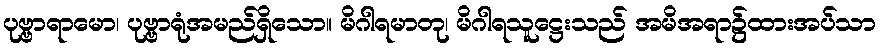
ပုဗ္ဗာရာမော၊ ပုဗ္ဗာရုံအမည်ရှိသော။ မိဂါရမာတု၊ မိဂါရသူဋ္ဌေးသည် အမိအရာ၌ထားအပ်သာ